Scottish Leaving Certificate Examination, 1960
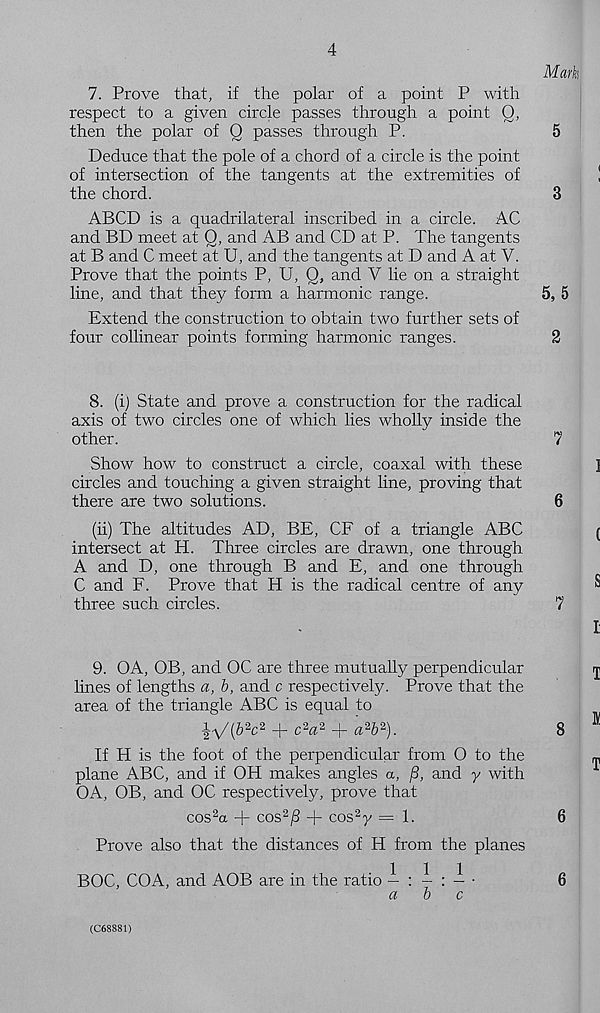
4
Mark
7. Prove that, if the polar of a point P with
respect to a given circle passes through a point Q,
then the polar of Q passes through P.
5
Deduce that the pole of a chord of a circle is the point
of intersection of the tangents at the extremities of
the chord.
3
ABCD is a quadrilateral inscribed in a circle. AC
and BD meet at Q, and AB and CD at P. The tangents
at B and C meet at U, and the tangents at D and A at V.
Prove that the points P, U, Q, and V lie on a straight
line, and that they form a harmonic range.
5, 5
Extend the construction to obtain two further sets of
four collinear points forming harmonic ranges.
2
8. (i) State and prove a construction for the radical
axis of two circles one of which lies wholly inside the
other.
7
Show how to construct a circle, coaxal with these
]
circles and touching a given straight line, proving that
there are two solutions.
6
(ii) The altitudes AD, BE, CF of a triangle ABC
(
intersect at H. Three circles are drawn, one through
A and D, one through B and E, and one through
C and F. Prove that H is the radical centre of any
®
three such circles.
7
| I
9. OA, OB, and OC are three mutually perpendicular
rj
lines of lengths a, b, and c respectively. Prove that the
area of the triangle ABC is equal to
|V(6 2 c 2 + c 2 a 2 + a 2 b 2 ).
8
If H is the foot of the perpendicular from O to the
m
plane ABC, and if OH makes angles a, /3, and y with
OA, OB, and OC respectively, prove that
cos 2 a. + cos 2^ + cos 2 y =1.
6
Prove also that the distances of H from the planes
BOC, COA, and AOB are in the ratio
•
6
a
b
c
(C68881)